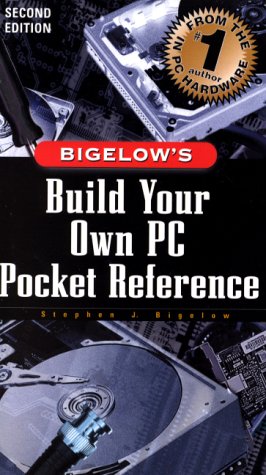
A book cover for Build Your Own PC Pocket Reference; Stephen J. Bigelow; Computers & Technology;